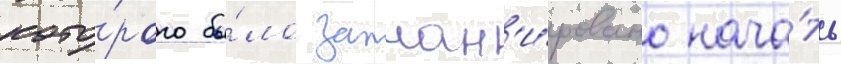
кото́рого бы́ло заплан'и́ровано нача́ть